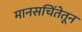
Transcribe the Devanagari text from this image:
मानसचिंतेतून